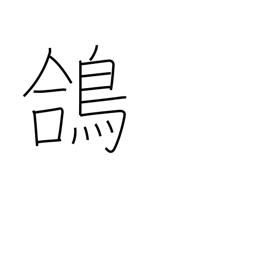
Meaning: temple pigeon